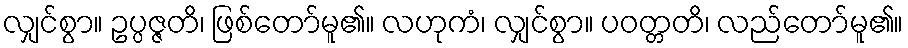
လျှင်စွာ။ ဥပ္ပဇ္ဇတိ၊ ဖြစ်တော်မူ၏။ လဟုကံ၊ လျှင်စွာ။ ပဝတ္တတိ၊ လည်တော်မူ၏။